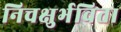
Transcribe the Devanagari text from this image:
निचक्षुर्भविता